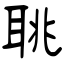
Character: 聎